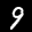
Label: 9